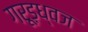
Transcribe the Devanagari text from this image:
गरूड़ध्वज